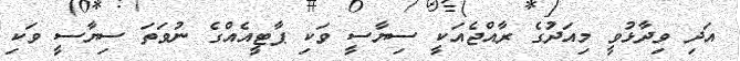
އަދި ވިދާޅުވީ މިއަދުގެ ރާއްޖެއަކީ ސިޔާސީ ވަކި ޕާޓީއެއްގެ ނުވަތަ ސިޔާސީ ވަކި